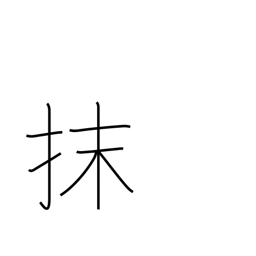
Meaning: erase